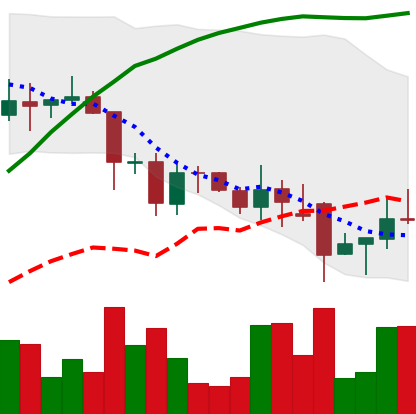
Ticker: DOGE-USD
Chart end date: 2021-11-30
Forward return: -20.241%
Label: down_7plus